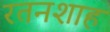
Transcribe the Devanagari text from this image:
रतनशाह